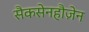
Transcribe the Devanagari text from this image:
सैकसेनहौज़ेन